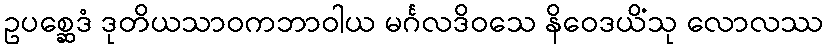
ဥပစ္ဆေဒံ ဒုတိယသာဝကဘာဝါယ မင်္ဂလဒိဝသေ နိဝေဒယိံသု လောလဿ